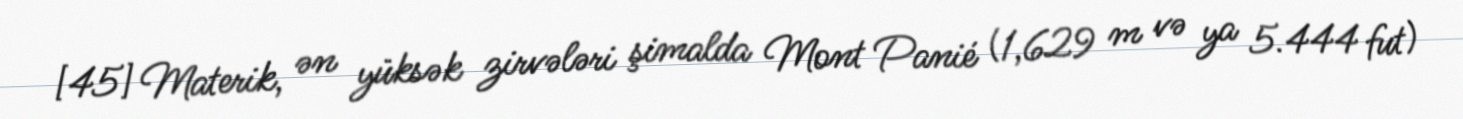
[45] Materik, ən yüksək zirvələri şimalda Mont Panié (1,629 m və ya 5.444 fut)